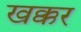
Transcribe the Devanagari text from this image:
खक्कर